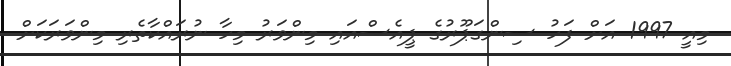
މިއީ 1997 އަށް ފަހު ސިންގަޕޫރުގެ ޕީއެސްއައި މިންވަރު މިހާ ނުރައްކާތެރި މިންވަރަކަށް